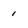
Character: 1